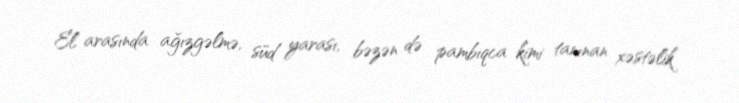
El arasında ağızgəlmə, süd yarası, bəzən də pambıqca kimi tanınan xəstəlik